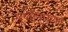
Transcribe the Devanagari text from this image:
पृथ्वीनारायन